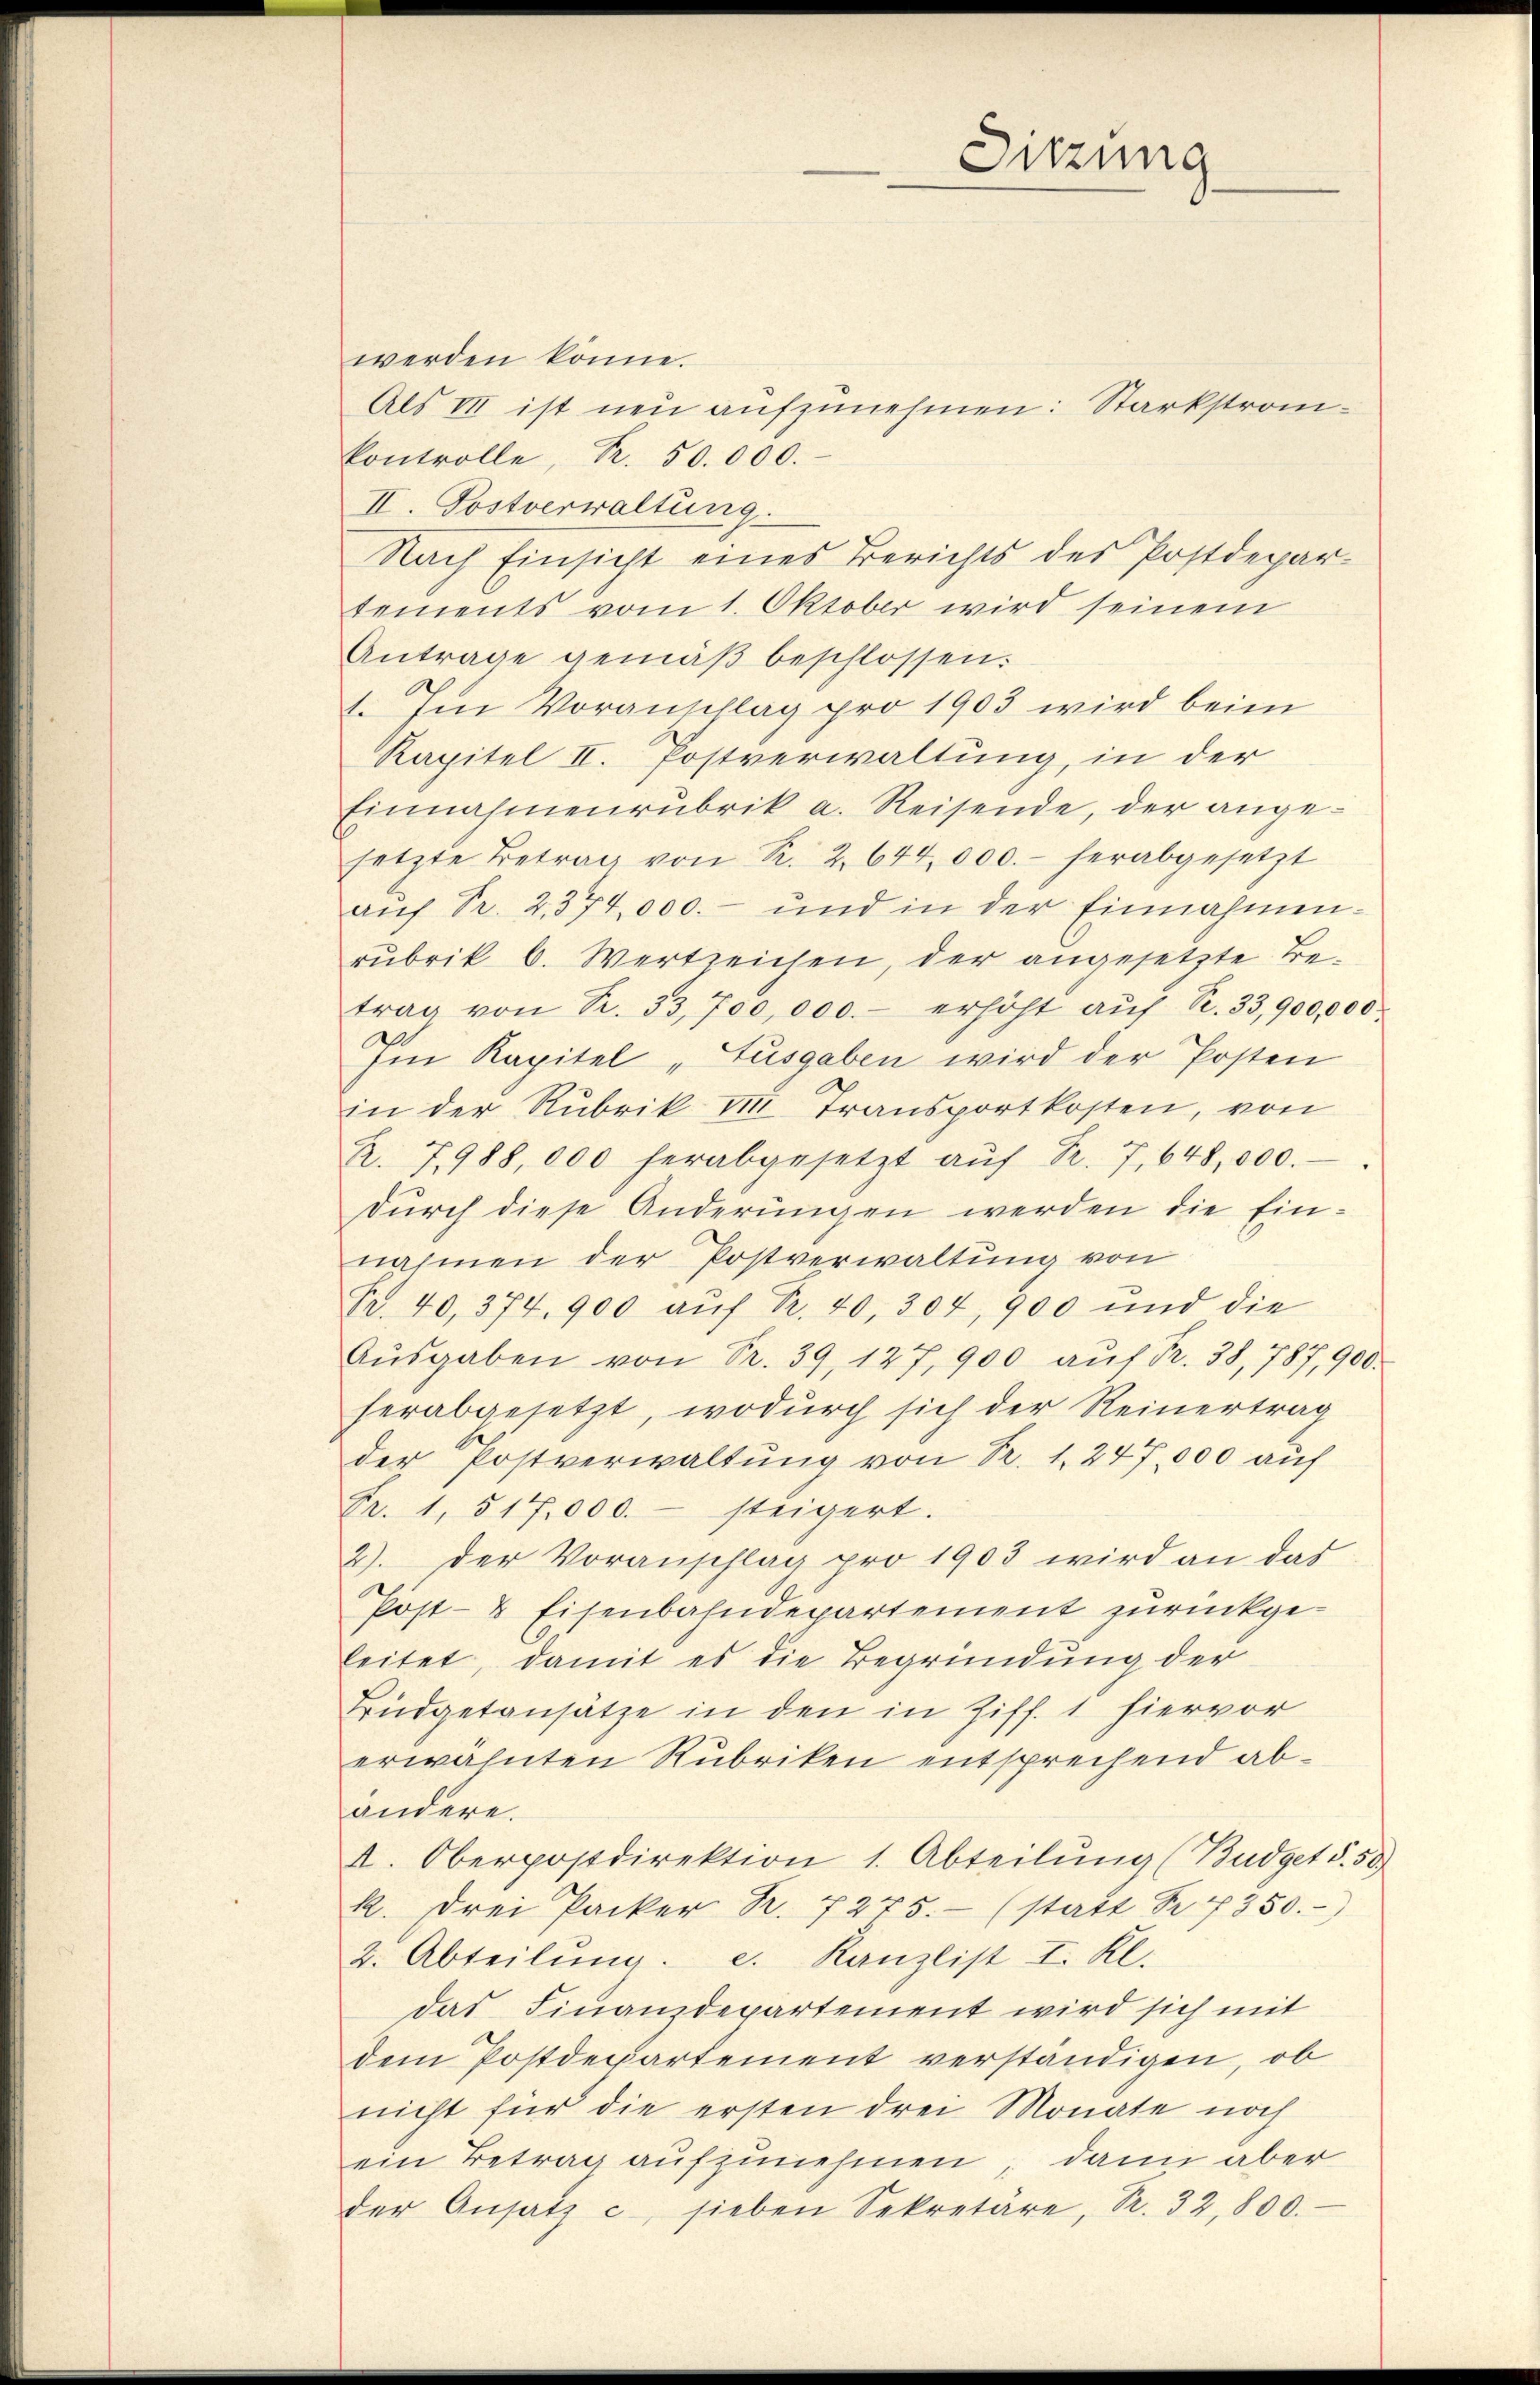
werden könne.
kontrolle, R. 50.000.
II. Postverwaltung.

Sitzung

Als III ist neu aufzunehmen: Starkstrom¬
Nach Einsicht eines Berichts des Postdepar-
tements vom 1. Oktober wird seinem
Antrage gemäβ beschlossen.
1. Im Voranschlag pro 1903 wird beim
Kapitel II. Postverwaltung, in der
Einnahmenrubrik a. Reisende, der angesetzte Betrag von R. 2. 644,000.- herabgesetzt
aŭf Sr. 2. 374,000.- und in der Einnahmenrubrik b. Wertzeichen, der angesetzte Betrag von Sr. 33,700,000.- erhöht aŭf Nr. 33,900,000
Ein Kapitel „Ausgaben wird der Posten
in der Rubrik VIII. Transportkosten, von
R. 7, 988,000 herabgesetzt aŭf Fr. 7, 648,000.
durch diese Änderungen werden die Einnahmen der Postverwaltung von
Fr. 40, 374. 900 aŭf R. 40, 304, 900 und die
Aŭsgaben von Fr. 39, 127, 900 aŭf Fr. 38, 787, 900.
herabgesetzt, wodŭrch sich der Reinertrag
der Postverwaltŭng von P. 1. 247,000 auf
Fr. 1, 517,000.- steigert.
2). Der Voranschlag pro 1903 wird an das
Post- & Eisenbahndepartement zurückgeleitet, damit es die Begründung der
Büdgetansätze in den in Ziff. 1 hiervor
erwähnten Rubriken entsprechend abandere.
I. Oberpostdirektion 1. Abteilung (Budget S. 50)
k. drei Packer R. 7275. (statt Fr. 7350.
2. Abteilŭng. e. Kanzlist I. Kl.
das Finanzdepartement wird sich mit
dem Postdepartement verständigen, ob
nicht für die ersten drei Monate noch
ein Betrag aufzunehmen dann aber
der Ansatz u. sieben Sekretäre, S. 32,800.